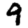
Digit: 9